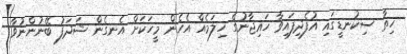
ހިތާ ސިކުނޑީގައި އުފެދިފައިވާ ހައިޖާނުގެ ހިލަމެއް އެހެން މީހަކަށް އެނގެން ޝަދަފު ބޭނުންނުވާ